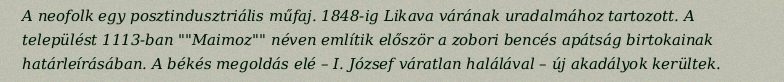
A neofolk egy posztindusztriális műfaj. 1848-ig Likava várának uradalmához tartozott. A települést 1113-ban ""Maimoz"" néven említik először a zobori bencés apátság birtokainak határleírásában. A békés megoldás elé – I. József váratlan halálával – új akadályok kerültek.